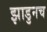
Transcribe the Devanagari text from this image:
झाडुनच